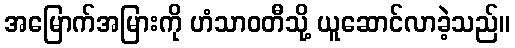
အမြောက်အမြားကို ဟံသာဝတီသို့ ယူဆောင်လာခဲ့သည်။